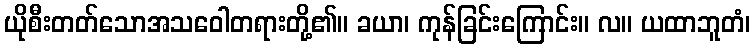
ယိုစီးတတ်သောအသဝေါတရားတို့၏။ ခယာ၊ ကုန်ခြင်းကြောင်း။ လ။ ယထာဘူတံ၊